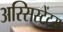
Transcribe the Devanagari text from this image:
अस्सिस्टेंट्स